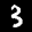
Label: 3